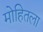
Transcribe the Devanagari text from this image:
मोहितला